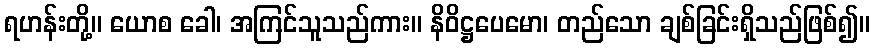
ရဟန်းတို့။ ယောစ ခေါ၊ အကြင်သူသည်ကား။ နိဝိဋ္ဌပေမော၊ တည်သော ချစ်ခြင်းရှိသည်ဖြစ်၍။